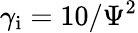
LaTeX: \gamma_{\mathrm{i}}=10/\Psi^{2}